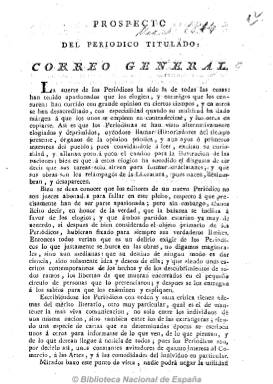
Título: Correo general
Colección: Periódicos anteriores a 1850
Ámbito geográfico: Madrid
Lugar de publicación: Madrid
Fechas: 01/08/1814-20/10/1814

Diario que comenzó a publicarse el uno de agosto de 1814, y del que se conocen 50 números, hasta el 20 de octubre del mismo año. Fue fundado por Francisco Javier Pérez, un antiguo archivero del Real Patronato, que había permanecido prisionero durante la Guerra de la Independencia, con el objeto de que subsistiera económicamente, tal como señala Juan Pérez de Guzmán. Salió “con la licencia necesaria” de la Imprenta madrileña de Repullés.

En su prospecto, su director había señalado que el objeto de este periódico era de carácter utilitario y divulgativo, para ofrecer noticias de los nuevos descubrimientos y obras literarias y teatrales, dirigido tanto a los eclesiásticos, como a los militares, comerciantes, labradores, artistas y literatos.

Su cabecera está acompañada de un grabado y la leyenda “en la variedad está el placer”, y comienza cada número, de cuatro páginas, con foliación seguida y a dos columnas, con el santoral. Incluye también los cambios de moneda, crítica teatral, algunas composiciones en verso, información teatral y de toros, algún artículo sobre moda, avisos, vacantes, etc.

Tras el decreto fernandino contra la libertad de imprenta, es otro ejemplo de vuelta al periodismo noticioso y literario anterior al sexenio doceañista, que ofrece preferentemente noticias del extranjero y algunas nacionales, con una sección de variedades con algún que otro artículo, pero ninguno de carácter político.